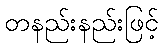
တနည်းနည်းဖြင့်